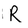
Character: R